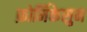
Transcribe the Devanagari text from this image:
फ़ोर्मिकेसुन